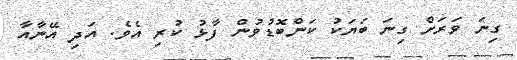
ގިނަ ވަރަށް ގިނަ ބަޔަކު ކަންބޮޑުވުން ފާޅު ކުރި އެވެ. އަދި އޭނާއާ